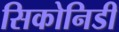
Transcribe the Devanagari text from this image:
सिकोनिडी